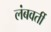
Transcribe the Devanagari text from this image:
लंबवर्ती